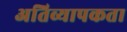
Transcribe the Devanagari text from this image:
अतिव्यापकता